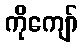
ကိုကျော်